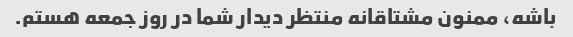
باشه، ممنون مشتاقانه منتظر دیدار شما در روز جمعه هستم.